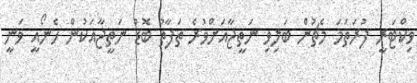
ވިކްޓަރީ ފުރަތަމަ މެޗުން ބަލިވި ނަތީޖާއަށްވުރެ ތަފާތު ބޮޑު ނަތީޖާއަކުން ހެނޯއީ ވަނީ